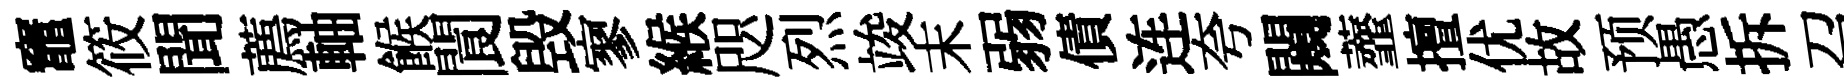
竈筱聞薦軸餱閬毁寥緱咫烈竣末弱債连夸闚虀擅优故预愚拆召脆